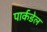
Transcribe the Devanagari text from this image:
पार्कडेल